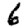
Digit: 6